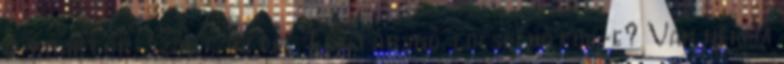
a traktor, szánt az eke, Elvtársnő, locsolhatok-e? Van nekem